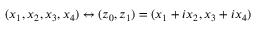
( x _ { 1 } , x _ { 2 } , x _ { 3 } , x _ { 4 } ) \leftrightarrow ( z _ { 0 } , z _ { 1 } ) = ( x _ { 1 } + i x _ { 2 } , x _ { 3 } + i x _ { 4 } )